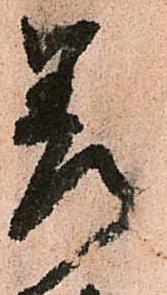
差